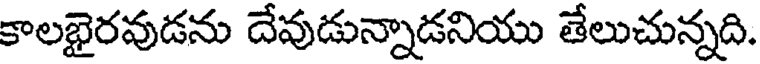
కాలభైరవుడను దేవుడున్నాడనియు తేలుచున్నది.